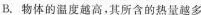
B.物体的温度越高，其所含的热量越多